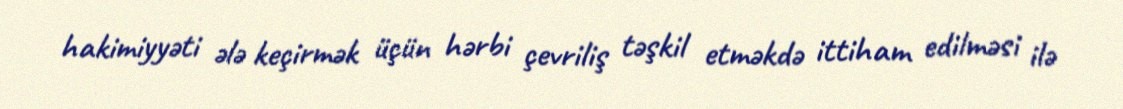
hakimiyyəti ələ keçirmək üçün hərbi çevriliş təşkil etməkdə ittiham edilməsi ilə